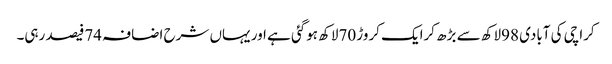
کراچی کی آبادی 98لاکھ سے بڑھ کرایک کروڑ 70لاکھ ہوگئی ہے اور یہاں شرح اضافہ 74فیصد رہی۔